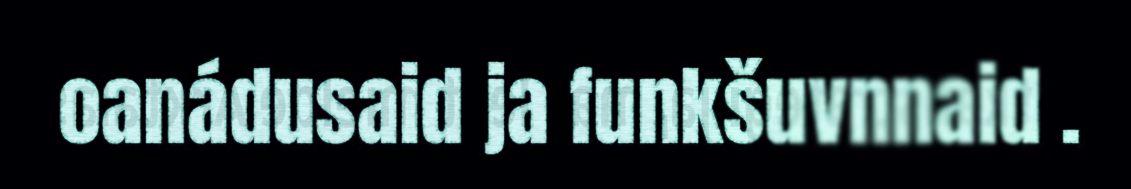
oanádusaid ja funkšuvnnaid .